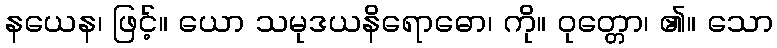
နယေန၊ ဖြင့်။ ယော သမုဒယနိရောဓော၊ ကို။ ဝုတ္တော၊ ၏။ သော